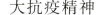
大抗疫精神